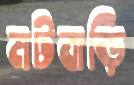
মটবাড়ি